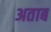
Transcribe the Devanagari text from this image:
अताब